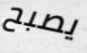
يصبح